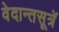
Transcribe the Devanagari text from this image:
वेदान्तसूत्रें